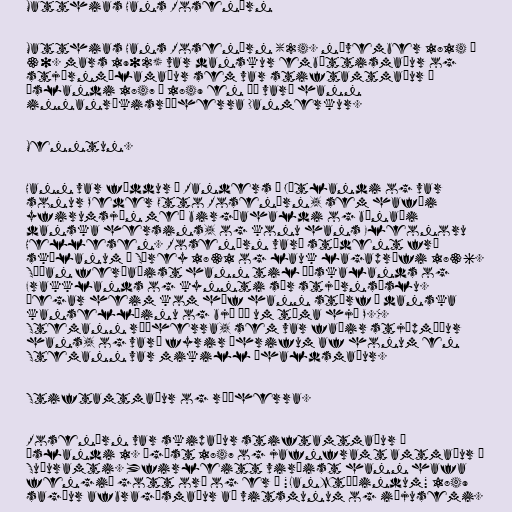
Matthias Hans Rosenørn

Matthias Hans Rosenørn (24. nóvember 1814 –
30. mars 1902) var danskur embættismaður og
stjórnmálamaður sem var stiftamtmaður á
Íslandi 1847 – 1849 en þá varð hann
innanríkisráðherra Danmerkur.

Menntun.

Hann var fæddur í Randers á Jótlandi og var
sonur Peder Otto Rosenørn, sem hafði
yfirumsjón með birgðahaldi og búnaði
danska hersins, og konu hans Eleonoru
Hellesen. Rosenørn varð stúdent frá
skólanum í Sórey 1831 og lauk lagaprófi 1836.
Síðan ferðaðist hann til Þýskalands og
Frakklands og kynnti sér stjórnsýslu.
Þegar heim kom hóf hann störf í danska
kansellíinu og bjó þá um tíma hjá P.C.
Stemann ráðherra, sem var faðir stjúpmóður
hans, og varð fyrir áhrifum af honum en
Stemann var mikill íhaldsmaður.

Stiftamtmaður og ráðherra.

Rosenørn var skipaður stiftamtmaður á
Íslandi 1. ágúst 1847 og jafnframt amtmaður í
Suðuramti. Yfirleitt virðist hann hafa
fengið gott orð og er í "Lanztíðindum" 1849
sagður afbragðsmaður að vitsmunum og iðjusemi.